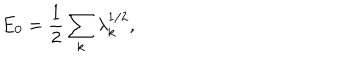
E _ { 0 } = \frac { 1 } { 2 } \sum _ { k } \lambda _ { k } ^ { 1 / 2 } ,